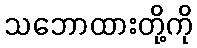
သဘောထားတို့ကို